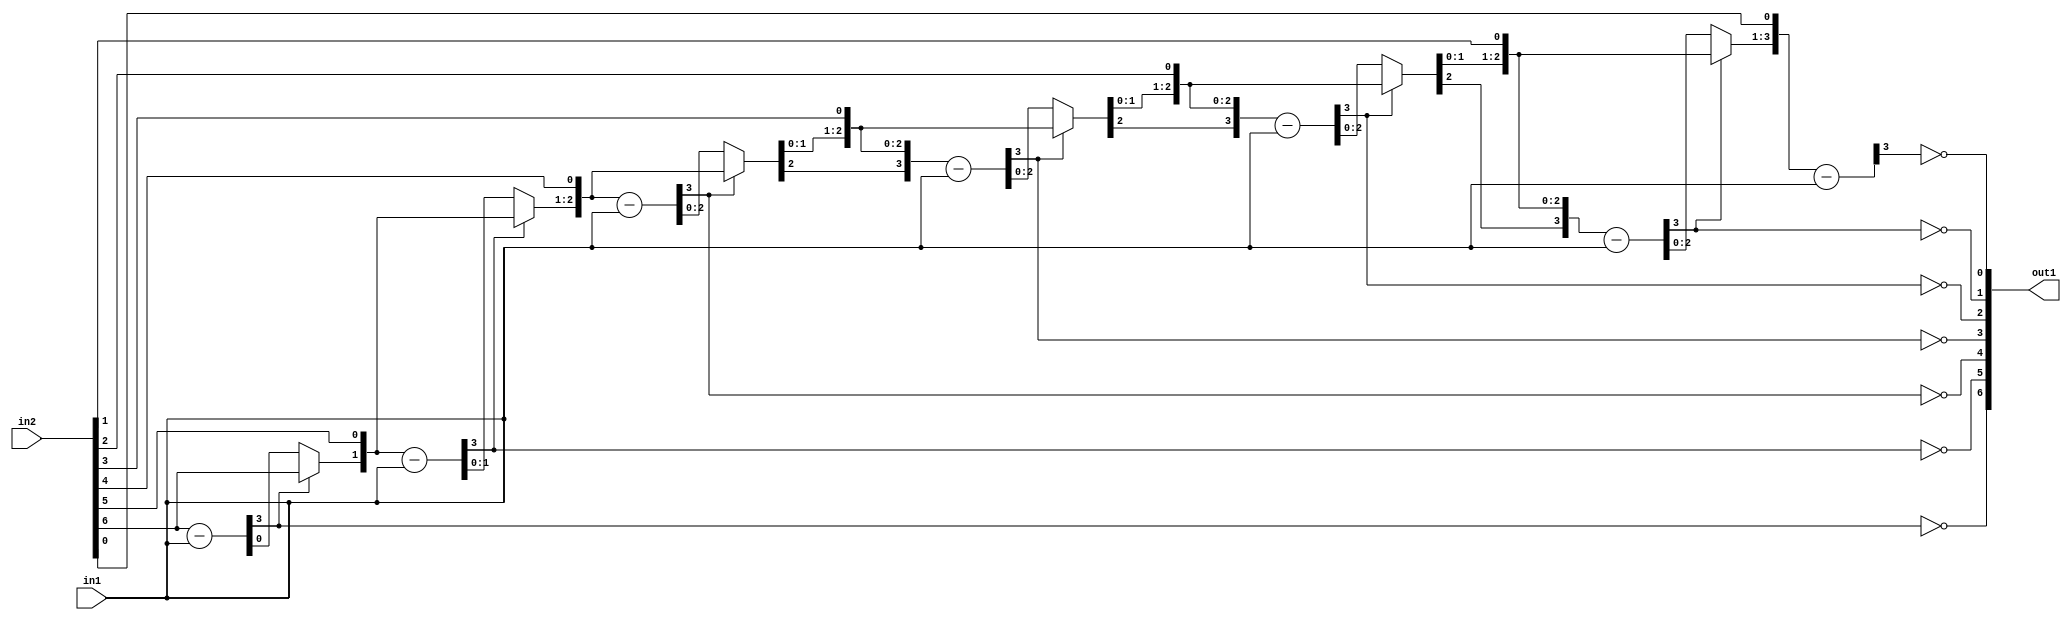
`timescale 1ps / 1ps
/*****************************************************************************
    Verilog RTL Description
    
    
    Created by: Stratus DpOpt 21.05.01 
*******************************************************************************/

module Filter_Div_7Ux3U_7U_4 (
	in2,
	in1,
	out1
	); /* architecture "behavioural" */ 
input [6:0] in2;
input [2:0] in1;
output [6:0] out1;
wire [6:0] asc001_0;
wire [3:0] in2_1;
wire [0:0] in2_2;
wire [3:0] in2_4;
wire [1:0] in2_5;
wire [3:0] in2_7;
wire [2:0] in2_8;
wire [3:0] in2_10,
	in2_11,
	in2_13;
wire [4:0] in2_14;
wire [3:0] in2_16;
wire [5:0] in2_17;
wire [6:0] in2_18;
wire [3:0] in2_19;
wire [1:0] in2_3_0,
	in2_3_1;
wire [2:0] in2_6_0,
	in2_6_1;
wire [3:0] in2_9_0,
	in2_9_1;
wire [4:0] in2_12_0,
	in2_12_1;
wire [5:0] in2_15_0,
	in2_15_1;

wire [3:0] in2_1_tmp_0;
assign in2_1_tmp_0 = 
	+(in2[6]);
assign in2_1 = in2_1_tmp_0
	-(in1);

assign asc001_0[6] = ~in2_1[3];

reg [0:0] in2_2_tmp_1;
assign in2_2 = in2_2_tmp_1;
always @ (in2_1[3] or in2_1[0] or in2[6]) begin
	case (in2_1[3])
		1'B0 : in2_2_tmp_1 = in2_1[0] ;
		default : in2_2_tmp_1 = in2[6] ;
	endcase
end

assign in2_3_0 = {in2_2,in2[5]};

assign in2_3_1 = {in2_2,in2[5]};

wire [3:0] in2_4_tmp_2;
assign in2_4_tmp_2 = 
	+(in2_3_1);
assign in2_4 = in2_4_tmp_2
	-(in1);

assign asc001_0[5] = ~in2_4[3];

reg [1:0] in2_5_tmp_3;
assign in2_5 = in2_5_tmp_3;
always @ (in2_4[3] or in2_4[1:0] or in2_3_0) begin
	case (in2_4[3])
		1'B0 : in2_5_tmp_3 = in2_4[1:0] ;
		default : in2_5_tmp_3 = in2_3_0 ;
	endcase
end

assign in2_6_0 = {in2_5,in2[4]};

assign in2_6_1 = {in2_5,in2[4]};

wire [3:0] in2_7_tmp_4;
assign in2_7_tmp_4 = 
	+(in2_6_1);
assign in2_7 = in2_7_tmp_4
	-(in1);

assign asc001_0[4] = ~in2_7[3];

reg [2:0] in2_8_tmp_5;
assign in2_8 = in2_8_tmp_5;
always @ (in2_7[3] or in2_7[2:0] or in2_6_0) begin
	case (in2_7[3])
		1'B0 : in2_8_tmp_5 = in2_7[2:0] ;
		default : in2_8_tmp_5 = in2_6_0 ;
	endcase
end

assign in2_9_0 = {in2_8,in2[3]};

assign in2_9_1 = {in2_8,in2[3]};

wire [3:0] in2_10_tmp_6;
assign in2_10_tmp_6 = 
	+(in2_9_1);
assign in2_10 = in2_10_tmp_6
	-(in1);

assign asc001_0[3] = ~in2_10[3];

reg [3:0] in2_11_tmp_7;
assign in2_11 = in2_11_tmp_7;
always @ (in2_10[3] or in2_10 or in2_9_0) begin
	case (in2_10[3])
		1'B0 : in2_11_tmp_7 = in2_10 ;
		default : in2_11_tmp_7 = in2_9_0 ;
	endcase
end

assign in2_12_0 = {in2_11,in2[2]};

assign in2_12_1 = {in2_11,in2[2]};

wire [3:0] in2_13_tmp_8;
assign in2_13_tmp_8 = 
	+(in2_12_1[3:0]);
assign in2_13 = in2_13_tmp_8
	-(in1);

assign asc001_0[2] = ~in2_13[3];

reg [4:0] in2_14_tmp_9;
assign in2_14 = in2_14_tmp_9;
always @ (in2_13[3] or in2_13 or in2_12_0) begin
	case (in2_13[3])
		1'B0 : in2_14_tmp_9 = in2_13 ;
		default : in2_14_tmp_9 = in2_12_0 ;
	endcase
end

assign in2_15_0 = {in2_14,in2[1]};

assign in2_15_1 = {in2_14,in2[1]};

wire [3:0] in2_16_tmp_10;
assign in2_16_tmp_10 = 
	+(in2_15_1[3:0]);
assign in2_16 = in2_16_tmp_10
	-(in1);

assign asc001_0[1] = ~in2_16[3];

reg [5:0] in2_17_tmp_11;
assign in2_17 = in2_17_tmp_11;
always @ (in2_16[3] or in2_16 or in2_15_0) begin
	case (in2_16[3])
		1'B0 : in2_17_tmp_11 = in2_16 ;
		default : in2_17_tmp_11 = in2_15_0 ;
	endcase
end

assign in2_18 = {in2_17,in2[0]};

wire [3:0] in2_19_tmp_12;
assign in2_19_tmp_12 = 
	+(in2_18[3:0]);
assign in2_19 = in2_19_tmp_12
	-(in1);

assign asc001_0[0] = ~in2_19[3];

assign out1 = asc001_0;
endmodule

/* CADENCE  uLL0TQHW : u9/ySxbfrwZIxEzHVQQV8Q== ** DO NOT EDIT THIS LINE ******/